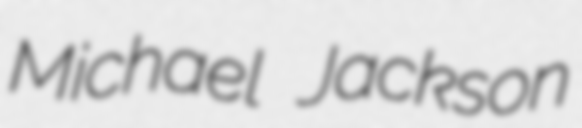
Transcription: Michael Jackson